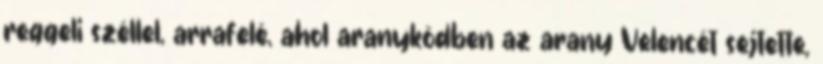
reggeli széllel, arrafelé, ahol aranyködben az arany Velencét sejtette,